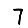
Digit: 7